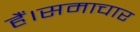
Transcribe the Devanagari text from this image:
हैं।समाचार